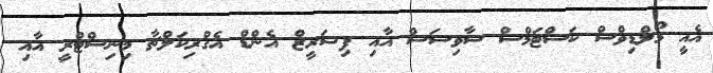
އެއީ މޯލްޑިވްސް ކަސްޓަމްސް ސާވިސަސް އާއި ފިޝަރީޒް އެންޑް އެގްރިކަލްޗާ މިނިސްޓްރީ އާއި